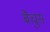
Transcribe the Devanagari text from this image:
बैचुस